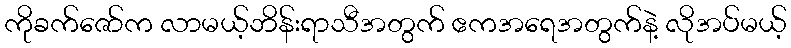
ကိုခက်ဇော်က လာမယ့်ဘိန်းရာသီအတွက် ဧကအရေအတွက်နဲ့ လိုအပ်မယ့်